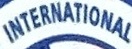
INTERNATIONAL